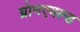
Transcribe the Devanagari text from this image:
ग्रोनएवल्ड